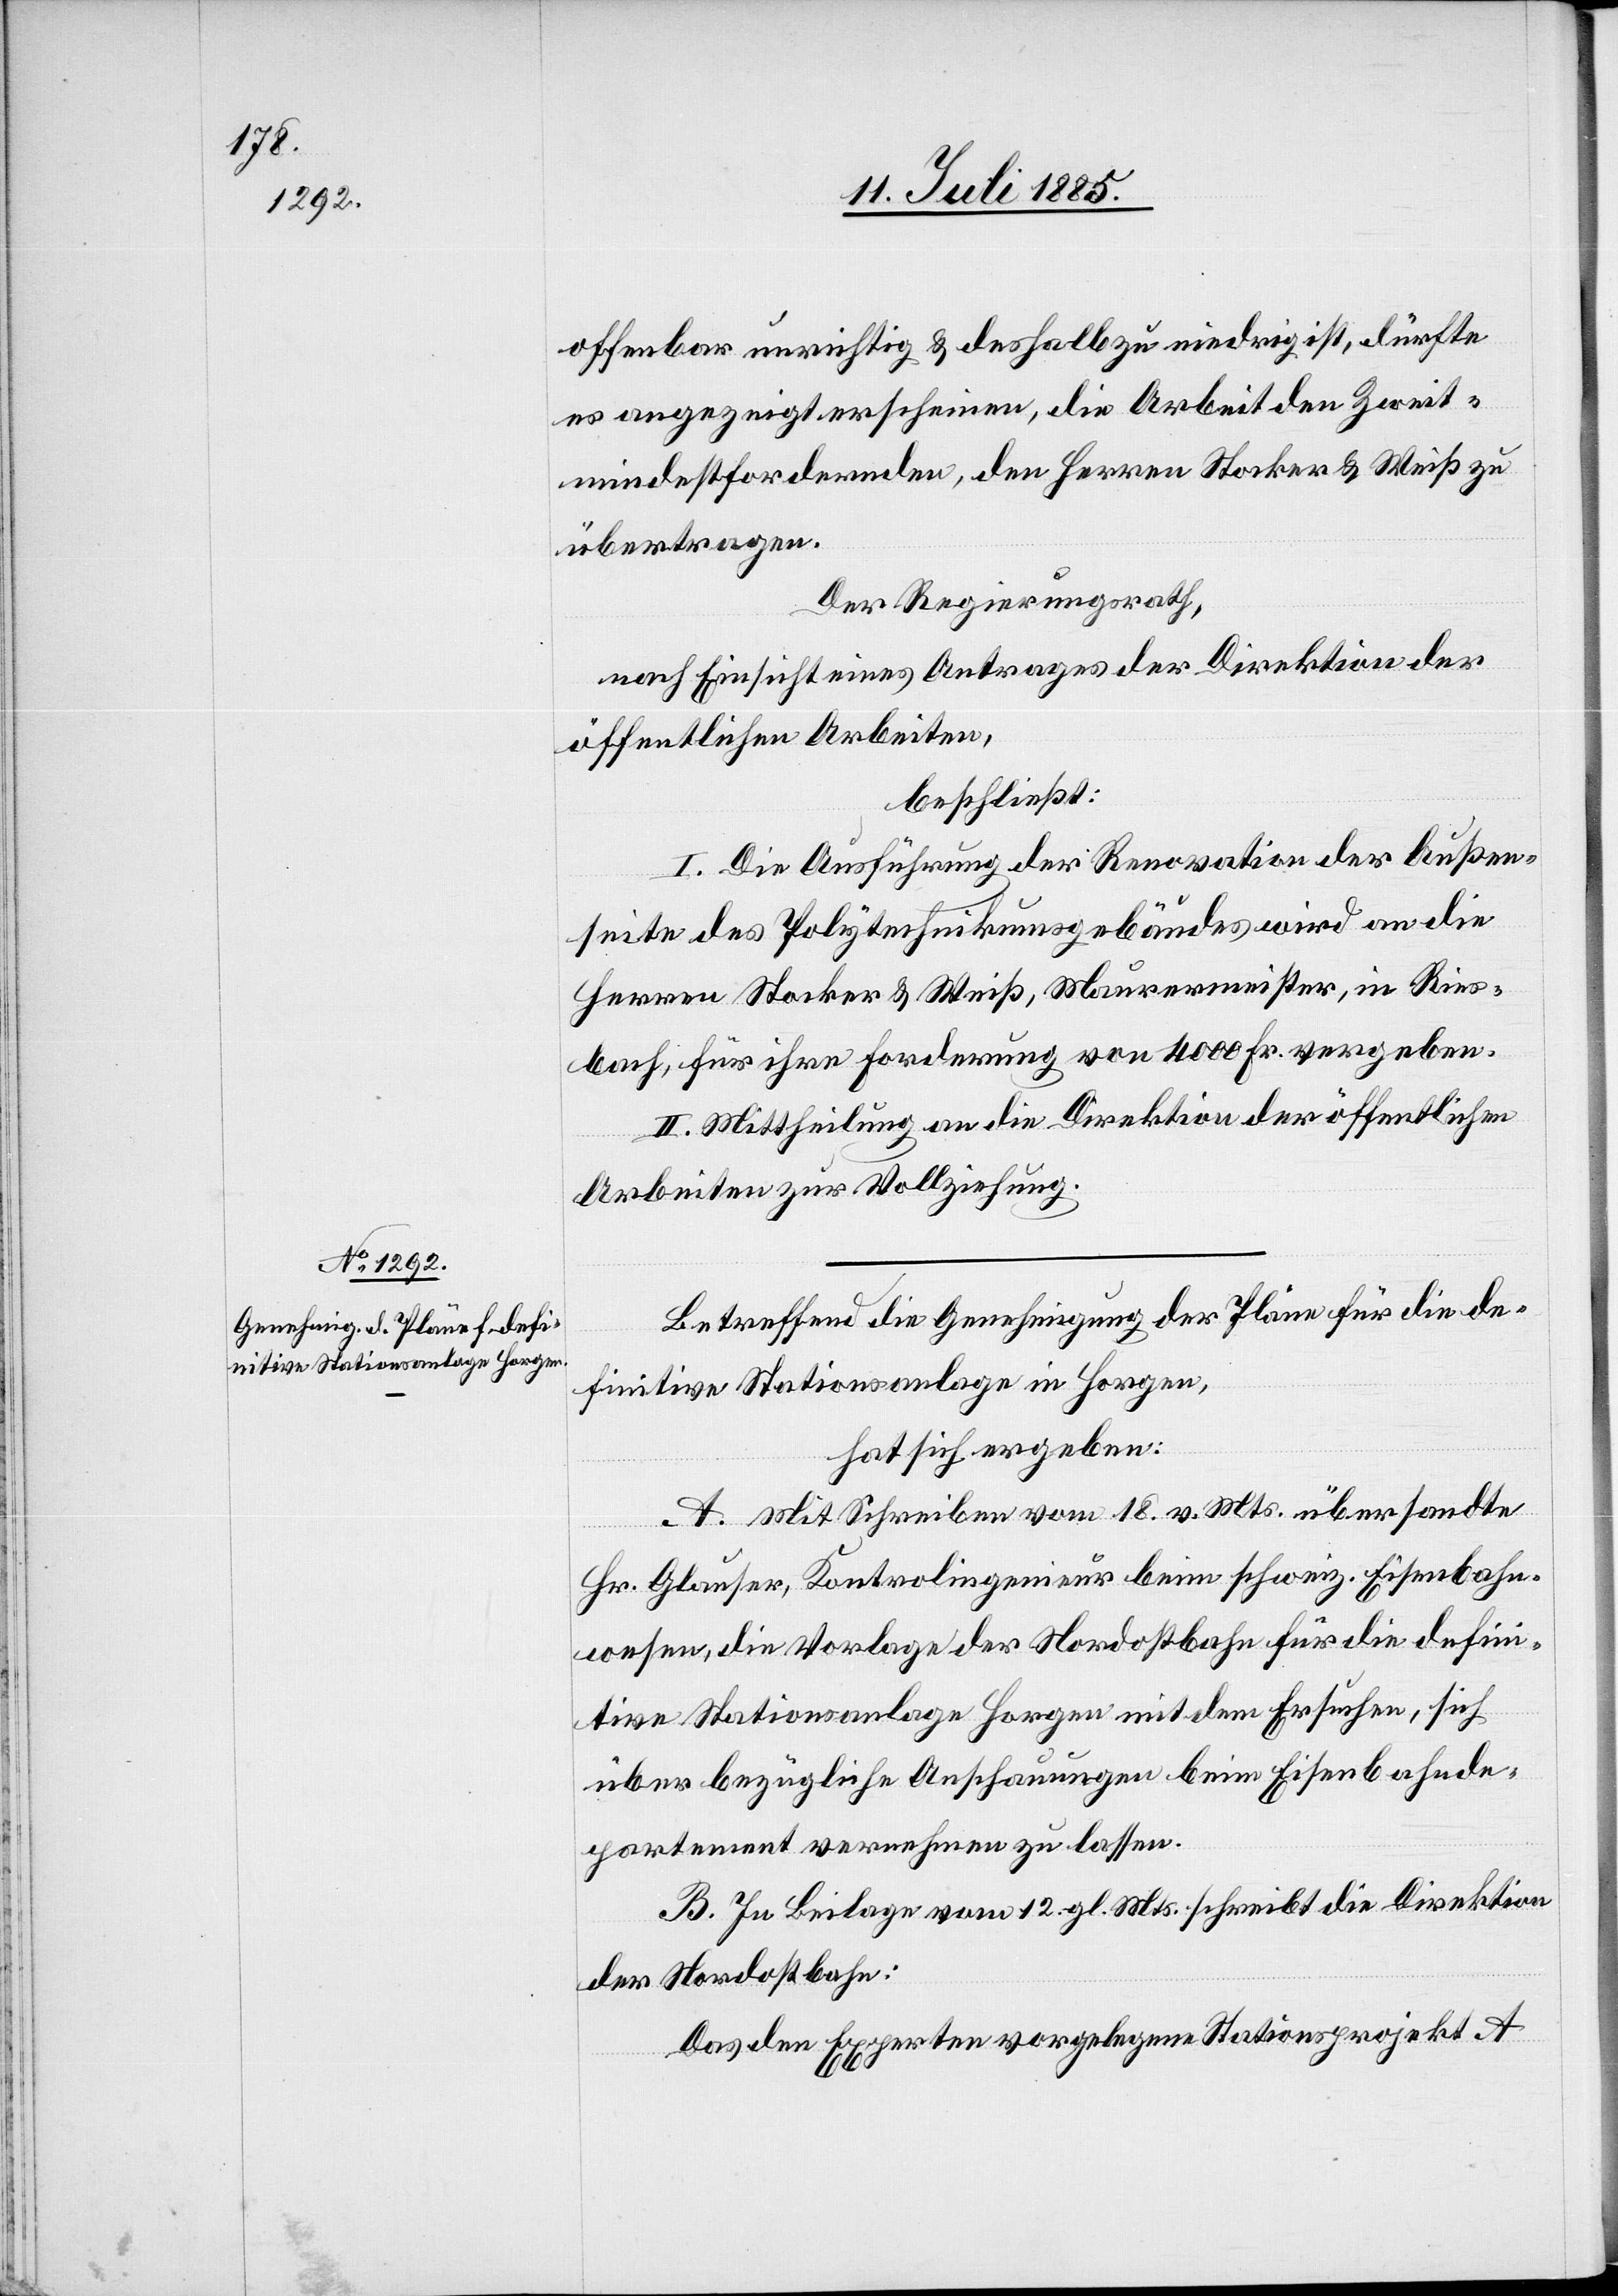
offenbar unrichtig & deshalb zu niedrig ist, dürfte
es angezeigt erscheinen, die Arbeit den Zweit¬
mindestfordernden, den Herren Stocker & Weiß zu
übertragen.
Der Regierungsrath,
nach Einsicht eines Antrages der Direktion der
öffentlichen Arbeiten,
beschließt:
I. Die Ausführung der Renovation der Außen¬
seite des Polytechnikumsgebäude wird an die
Herren Stocker & Weiß, Maurermeister, in Ries¬
bach, für ihre Forderung von 4000 Fr. vergeben.
II. Mittheilung an die Direktion der öffentlichen
Arbeiten zur Vollziehung.